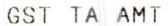
GST TA AMT